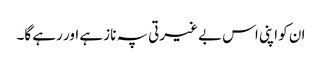
ان کو اپنی اس بے غیرتی پہ ناز ہے اور رہے گا۔